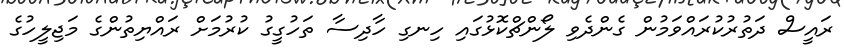
ރައީސް ދަތުރުކުރައްވަމުން ގެންދެވި ލޯންޗްކޮޅުގައި ހިނގި ހާދިސާ ތަހުގީގު ކުރުމަށް ރައްޔިތުންގެ މަޖިލީހުގެ